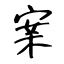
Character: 案